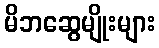
မိဘဆွေမျိုးများ